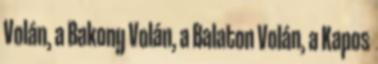
Volán, a Bakony Volán, a Balaton Volán, a Kapos